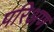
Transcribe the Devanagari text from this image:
परिअण